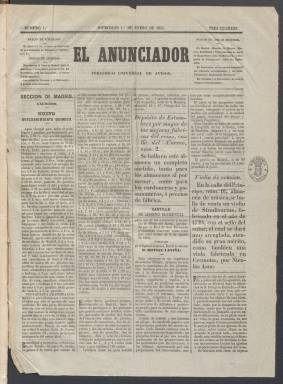
Título: El Anunciador (Madrid)
Colección: Periódicos
Ámbito geográfico: Madrid
Lugar de publicación: Madrid
Fechas: 01/01/1851-28/09/1851

Periódico comercial nacido el 1 de enero de 1851 que sigue la estela de la prensa de anuncios nacida en la década anterior, con El Gratis, el Avisador o el Diario de Avisos de Madrid como referencias. Al igual que estos, El Anunciador era una publicación dedicada a la publicidad en la que las noticias eran secundarias. Su objetivo era el desarrollo de la industria y el comercio por medio de los anuncios.

  El periódico salía todos los días y se valía del uso de la tipografía para destacar ciertos anuncios sobre otros. En el primer número vemos esta estrategia en la portada con la publicidad de la venta de un violín Stradivarius fabricado en 1724, aunque hay también otros anuncios con letras mayores que el resto.

  El Anunciador explicitó así su propósito: ‘Nuestro plan se reduce a anunciar la venta de toda clase de productos e insertar avisos referentes a todo género de industrias no solo pertenecientes a Madrid, sino a las Provincias, Ultramar y el Extranjero; a proporcionar la expedición de los artículos anunciados, encargándonos directamente de ello; a establecer un depósito general de muestras que sirva de exposición pública permanente, y a adjudicar premios, que consistirán en géneros o productos pertenecientes a los anunciantes’.

  Llegado al número 12 el periódico suspendió temporalmente su publicación alegando las dificultades para organizar el depósito de muestras de los artículos en venta por trabas administrativas, así como para establecer corresponsales en puntos convenientes que suministraran ‘noticias curiosas y exactas del movimiento mercantil, comercial e industrial’.

  Reapareció el 1 de febrero con una nueva cabecera que incluía un grabado alusivo al comercio y un subtítulo que mostraba la amplitud de sus intereses: ‘Periódico universal de avisos y de comercio, agricultura, industria y literatura’. De hecho, El Anunciador, sin perder de momento su carácter publicitario, ofrecía ahora en sus cuatro páginas más noticias e incluía un folletín.

  El 2 de abril el periódico informó que cumpliría su promesa de ofrecer premios a los suscriptores y detallaba los mismos, y al día siguiente volvió a aparecer sin el grabado de cabecera y con un nuevo subtítulo que ponía más énfasis en la información que en la publicidad: ‘Periódico universal de intereses materiales, literatura, anuncios, etc’.

  A partir de entonces, pese a su nombre, El Anunciador irá dedicando más espacio a la información, las disposiciones oficiales procedentes del Gobierno, sobre todo, hasta su desaparición el 1 de octubre en que se fusionó con el periódico El Precursor.

[Descripción publicada el 20/09/2024]